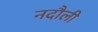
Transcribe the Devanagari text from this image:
नदौली